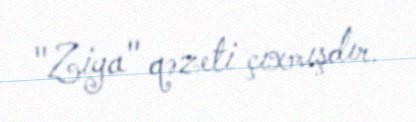
"Ziya" qəzeti çıxmışdır.